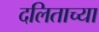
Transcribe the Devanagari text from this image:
दलिताच्या